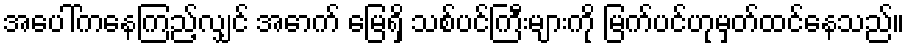
အပေါ်ကနေကြည့်လျှင် အောက် မြေရှိ သစ်ပင်ကြီးများကို မြက်ပင်ဟုမှတ်ထင်နေသည်။